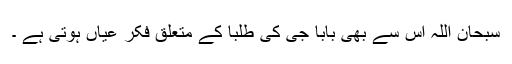
سبحان اللہ اس سے بھی بابا جی کی طلبا کے متعلق فکر عیاں ہوتی ہے ۔